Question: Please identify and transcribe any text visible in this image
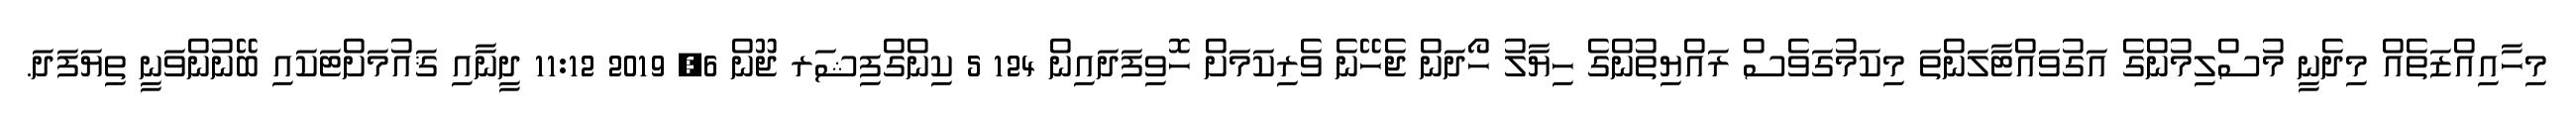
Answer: މިހާއިއްޒަތެއް މިދެނީ މުސްލިމުންގެ އަގުވައްޓާލަންތަ މިކަމުގަވެސް ރައްޔިތުންގެ ހިޔާލު ހޯދަން ޖެހޭނެ ވެރިކަމަށް ހޮވިފަދައިން 124 5 ކިންގްފިޝަރ ޖޫން 6, 2019 11:12 ދީނާއި ޤައުމަށްޓަކައި ބޭނުންވަނީ ތިޔަފަދަ.